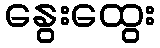
နွေးထွေး